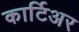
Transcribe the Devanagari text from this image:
कार्टिअर